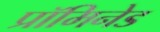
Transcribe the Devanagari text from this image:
प्रॉमिनेड